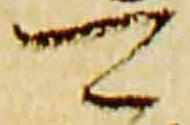
可